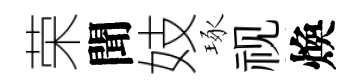
荣聞妓琢视煥